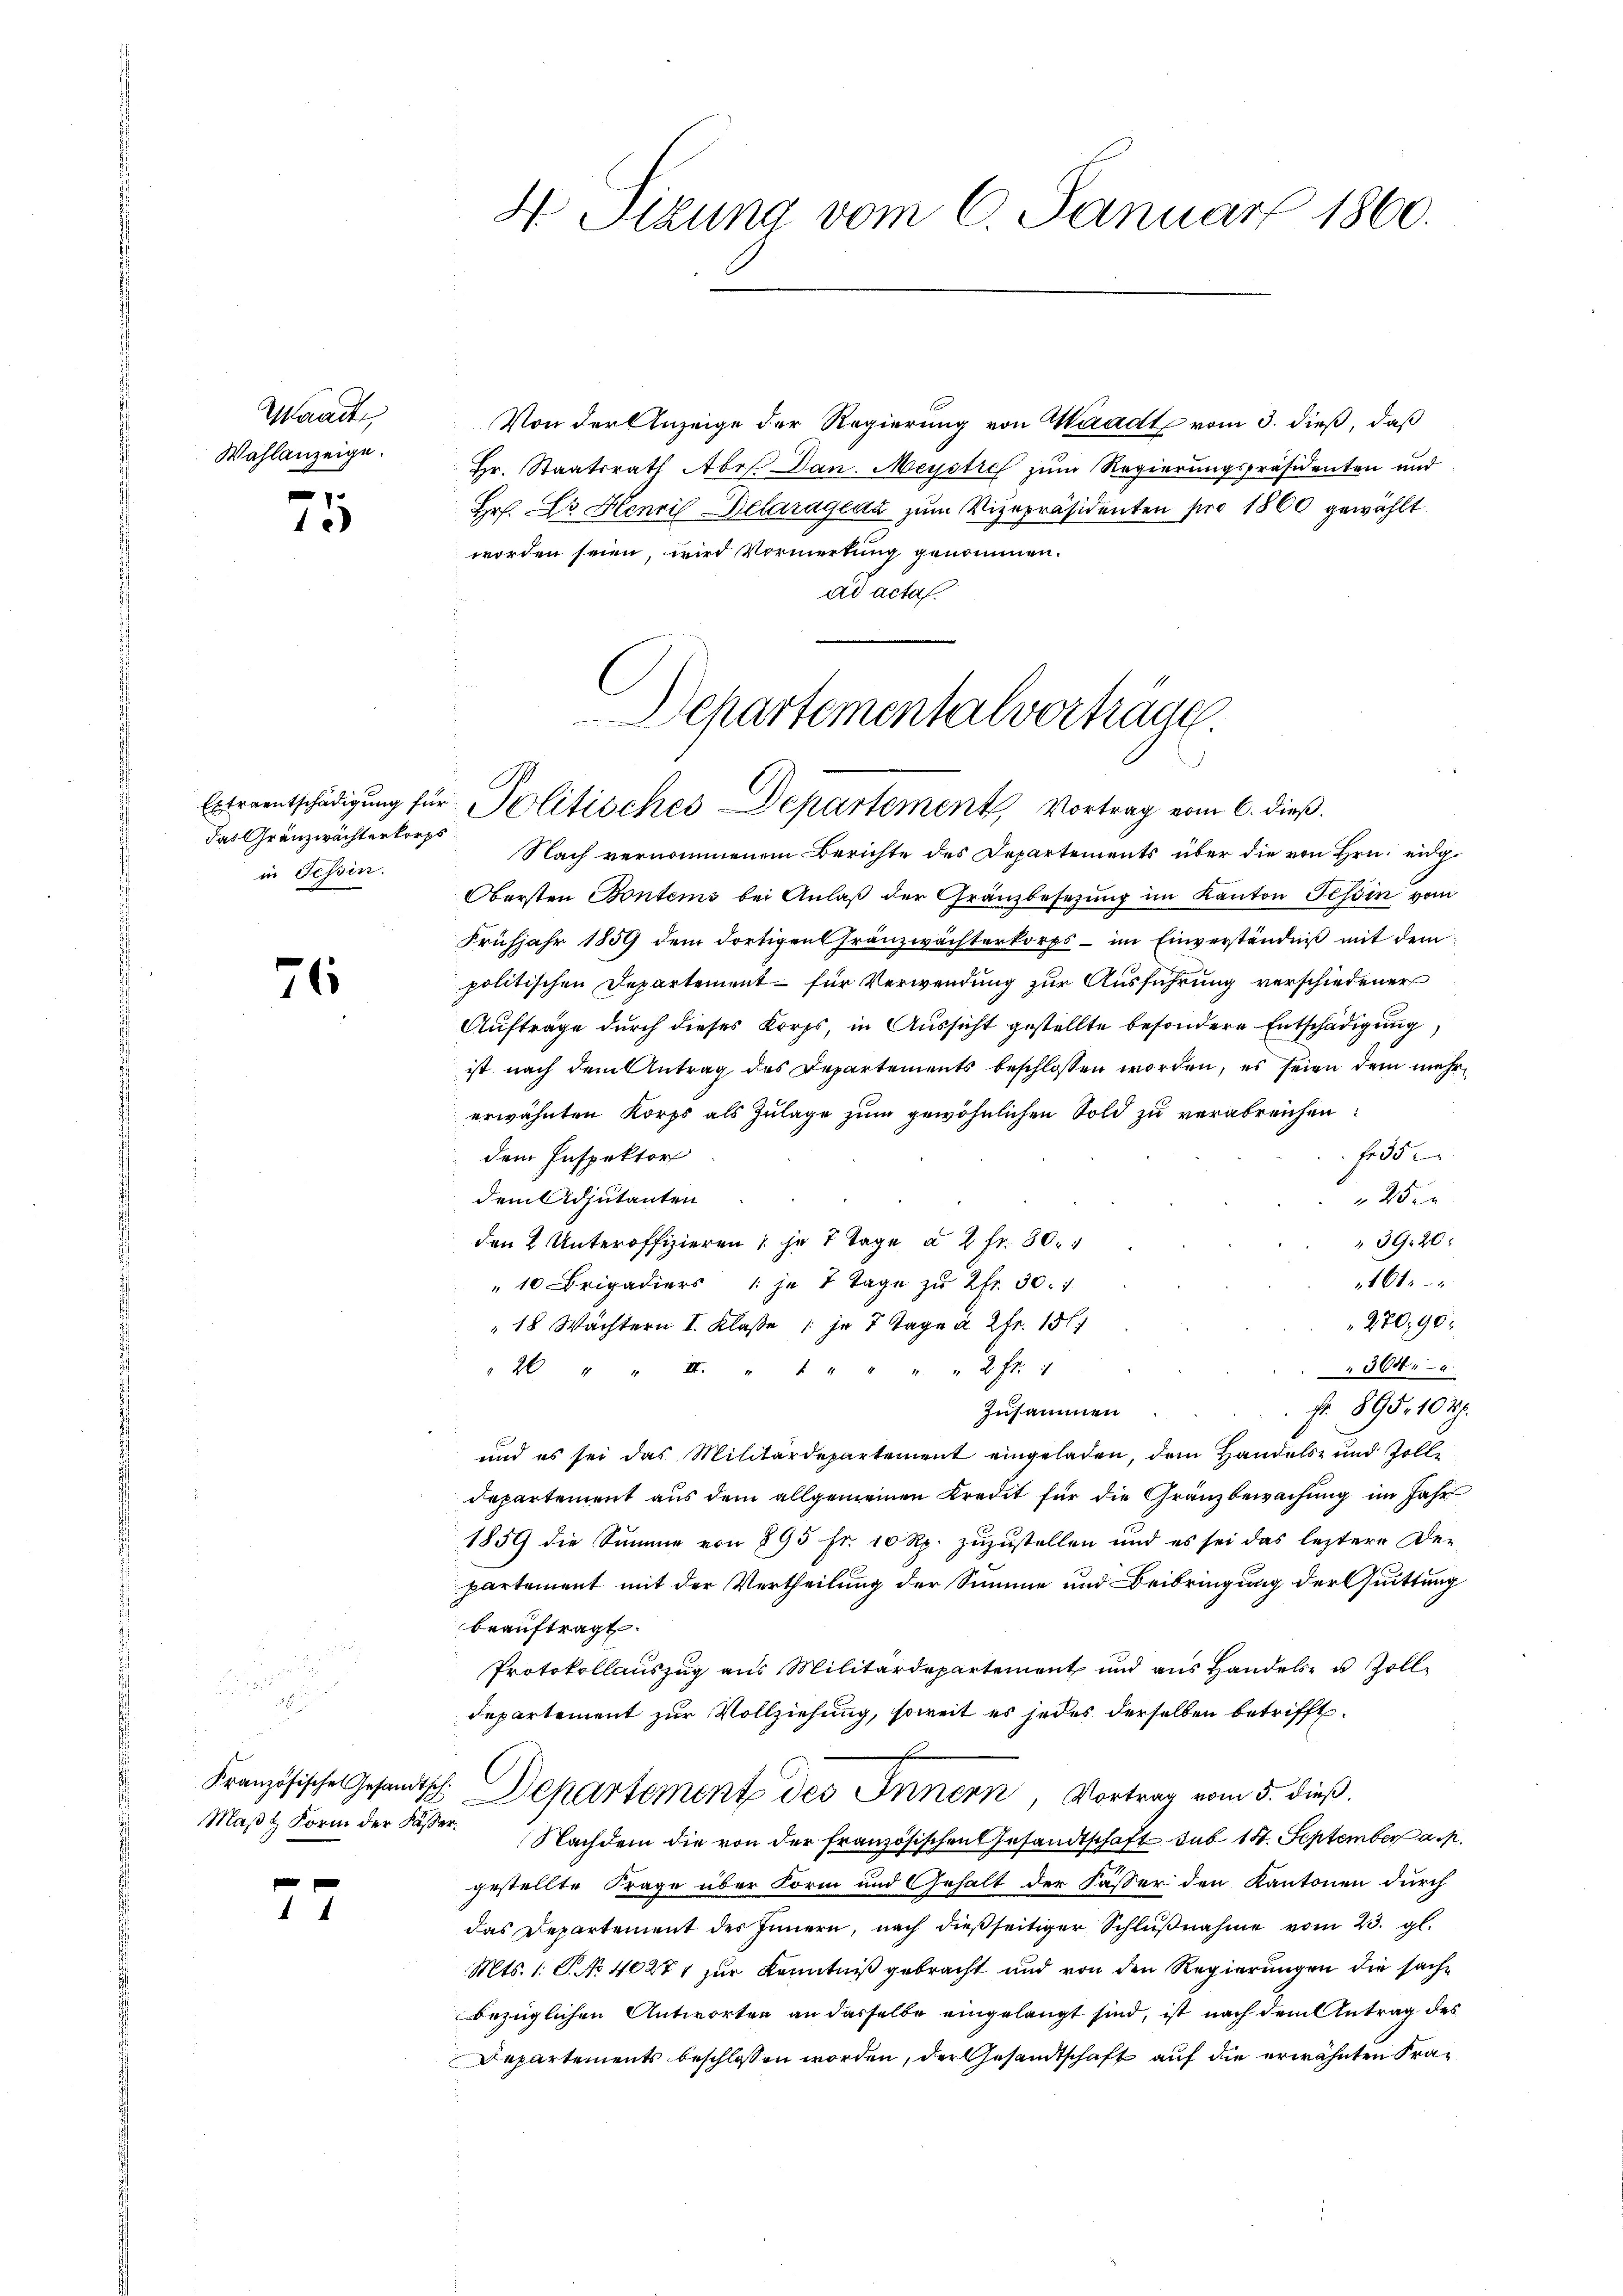
Waadt
Wahlanzeige.

e
1

das Gränzwächterkorps
in Tessin.

71

Französische Gesandtsch.

77

H Sizung vom 6. Januar 1860.

Von der Anzeige der Regierung von Waadt vom 3. dieß, daß
Hr. Staatsrath Art. Dan. Meystres zum Regierungspräsidenten und
Hr. Dr. Henri Delaragen zum Vizepräsidenten pro 1860 gewählt
worden seien, wird Vormerkung genommen.
ad acta.

Departementalverträge.
Extraentschädigung für Politisches Departement, Vortrag vom 6. dieß.

Nach vernommenem Berichte des Departements über die von Hrn. eidg
Obersten Bontems bei Anlaß der Gränzbesetzung im Kanton Tessin vom
Frühjahr 1859 dem dortigen Franzwächterkorps - im Einverständniß mit dem
politischen Departement für Verwendung zur Ausführung verschiedener
Auftrage durch dieses Korps, in Aussicht gestellte besondere Entschädigung
ist nach dem Antrag des Departements beschlossen worden, es seien dem mehrerwähnten Korps als Zulage zum gewöhnlichen Sold zu verabreichen:
Falte
dem Inspektor
25.
dem Adjutanten
 39. 20:
den 2 Unteroffizieren je 2 Tage à 2 fr. 30.
161
"10 Brigadiers je 2 Tage zu 2fr. 30. 1
270,90:
"18 Wächtern I. Klasse 1 ja 7 Tage à 2fr. 15
364.
2 " " III. " " " " " " 2fr. 1
fr. 895. 10 R.
Zusammen
und es sei das Militärdepartement eingeladen, dem Handels- und Zoll-
departement aus dem allgemeinen Kredit für die Gränzbewachung im Jahr
1859 die Summe von 895 Fr. 10 Rp. zuzustellen und es sei das leztere De-
partement mit der Vertheilung der Summe und Beibringung der Quittung
beauftragt.
Protokollauszug aus Militärdepartement und aus Handels- u. Zolldepartement zur Vollziehung, soweit es jedes derselben betrifft.
Departement des Innern, Vortrag vom 5. dieß.
Maβt Form der Käser. Nachdem die von der französischen Gesandtschaft sub 154. September a. p.
gestellte Frage über Form und Gehalt der Fasser den Kantonen durch
das Departement des Innern, nach dießseitiger Schlußnahme vom 23. gl.
Mts. 1. P. No 40271 zur Kenntniß gebracht und von den Regierungen die sache
bezüglichen Antworten an dasselbe eingelangt sind, ist nach dem Antrag des
Departements beschlossen worden, der Gesandtschaft auf die erwähnten Fra¬